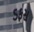
ડફસ